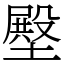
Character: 壂